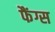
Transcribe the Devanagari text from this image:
फैंग्स